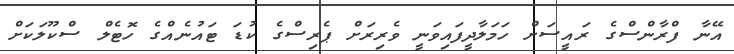
އޭނާ ފްރާންސްގެ ރައީސަށް ހަމަލާދީފައިވަނީ ވެރިރަށް ޕެރިސްގެ ކުޑަ ޓައުނެއްގެ ހޮޓެލް ސްކޫލަކަށް